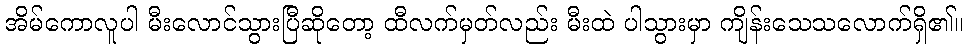
အိမ်ကောလူပါ မီးလောင်သွားပြီဆိုတော့ ထီလက်မှတ်လည်း မီးထဲ ပါသွားမှာ ကျိန်းသေသလောက်ရှိ၏။